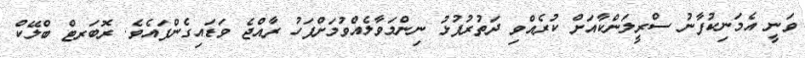
ވަނީ އެމަނިކުފާނު ސްރީލަންކާއަށް ކުރެއްވި ދަތުރުފުޅު ނިންމަވާލެއްވުމަށްފަހު ރާއްޖެ ވަޑައިގެންފައެވެ. ރޮބަރޓް ބްލޭކް